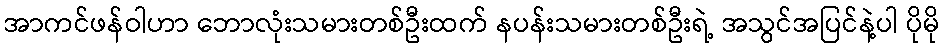
အာကင်ဖန်ဝါဟာ ဘောလုံးသမားတစ်ဦးထက် နပန်းသမားတစ်ဦးရဲ့ အသွင်အပြင်နဲ့ပါ ပိုမို